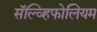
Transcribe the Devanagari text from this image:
सॅल्व्हिफोलियम